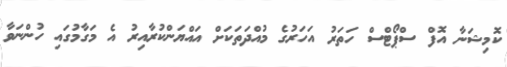
ކޮމިޝަނާ އޮފް ސްޕޯޓްސް ހަތަރު އަހަރުގެ މުއްދަތަކަށް އައްޔަންކުރާއިރު އެ މަގާމުގައި ހުންނަވާ